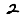
Digit: 2